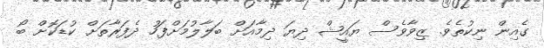
ގެއިން ނިކުތެވެ. ޒިވާވެސް ޔައީޝް ދިޔަ ދިމާއަށް ބަލާލުމަށްފަހު ދެފަރާތަށް ކުޑަކޮށް ބޯ